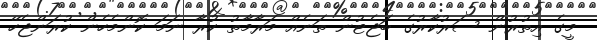
މީގެ އިތުރުން ސަރުކާރުގެ ބަޖެޓުން ތަނެއް މަރާމާތު ކުރާ ނަމަ ކޮންމެހެން ކުރަންޖެހޭ